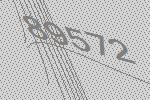
89572